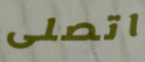
اتصلى